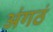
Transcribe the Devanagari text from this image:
अंगठं